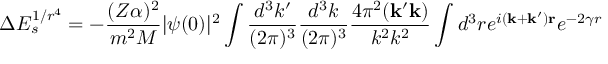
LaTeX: \Delta E _ { s } ^ { 1 / r ^ { 4 } } = - \frac { ( Z \alpha ) ^ { 2 } } { m ^ { 2 } M } | \psi ( 0 ) | ^ { 2 } \int \frac { d ^ { 3 } k ^ { \prime } } { ( 2 \pi ) ^ { 3 } } \frac { d ^ { 3 } k } { ( 2 \pi ) ^ { 3 } } \frac { 4 \pi ^ { 2 } ( { \bf k ^ { \prime } k } ) } { k ^ { 2 } k ^ { 2 } } \int d ^ { 3 } r e ^ { i { \bf ( k + k ^ { \prime } ) r } } e ^ { - 2 \gamma r }